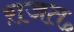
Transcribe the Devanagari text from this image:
ऱाजत॰